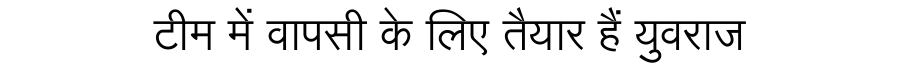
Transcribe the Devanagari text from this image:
टीम में वापसी के लिए तैयार हैं युवराज